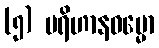
(၅) ပရိဟာနဓမ္မော